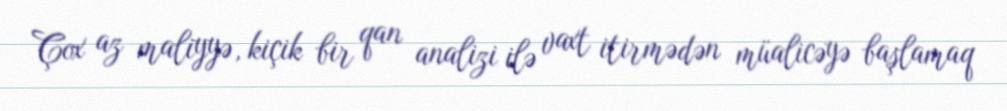
Çox az maliyyə, kiçik bir qan analizi ilə vaxt itirmədən müalicəyə başlamaq